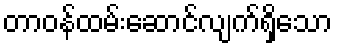
တာဝန်ထမ်းဆောင်လျက်ရှိသော